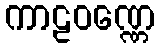
ကာဠဝဏ္ဏေ